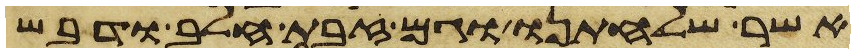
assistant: אשר שלחתנו וגם זבת חלב ודבש